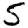
Digit: 5